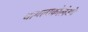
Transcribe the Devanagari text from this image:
थायलाकोलेओ